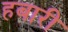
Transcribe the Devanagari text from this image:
हबारी